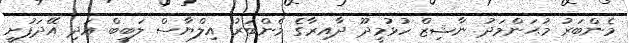
މެންބަރު މުޙަންމަދު ނާޝިޒް ހުޅުމީދޫ ދާއިރާގެ މެންބަރު އިލްޔާސް ލަބީބް އަދި އޭދަފުށީ